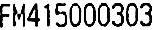
FM415000303